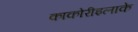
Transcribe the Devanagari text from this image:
काकोरीइलाके